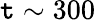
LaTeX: \mathtt{t}\sim300